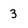
Character: 3